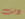
لألف